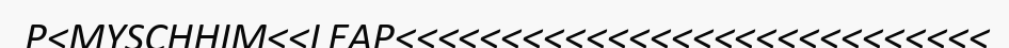
P<MYSCHHIM<<LEAP<<<<<<<<<<<<<<<<<<<<<<<<<<<<